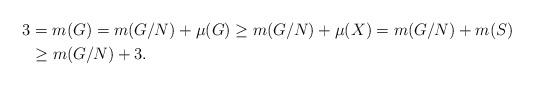
LaTeX: \begin{align*} 3&=m(G)=m(G/N)+\mu(G)\geq m(G/N)+\mu(X)= m(G/N)+m(S)\\ &\geq m(G/N)+3. \end{align*}